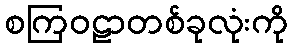
စကြဝဠာတစ်ခုလုံးကို